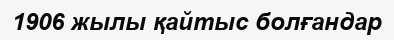
1906 жылы қайтыс болғандар